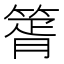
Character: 䈝